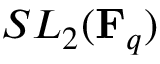
S L _ { 2 } ( \mathbf { F } _ { q } )